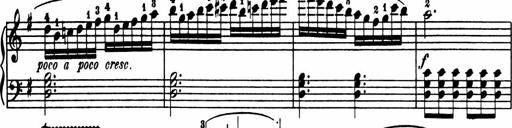
Title: Sonatina in G major
Composer: Friedrich Kuhlau
Key: G major